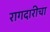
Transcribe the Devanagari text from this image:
रागदारीचा